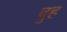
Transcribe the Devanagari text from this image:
वुह